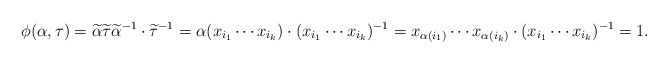
\begin{align*}\phi(\alpha, \tau) = \widetilde \alpha \widetilde \tau {\widetilde \alpha}^{-1} \cdot {\widetilde \tau}^{-1} = \alpha(x_{i_1} \cdots x_{i_k}) \cdot (x_{i_1} \cdots x_{i_k})^{-1} =x_{\alpha(i_1)} \cdots x_{\alpha(i_k)} \cdot (x_{i_1} \cdots x_{i_k})^{-1} = 1.\end{align*}